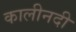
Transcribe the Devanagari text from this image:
कालीनदी